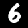
Label: 6